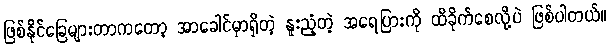
ဖြစ်နိုင်ခြေများတာကတော့ အာခေါင်မှာရှိတဲ့ နူးညံ့တဲ့ အရေပြားကို ထိခိုက်စေလို့ပဲ ဖြစ်ပါတယ်။